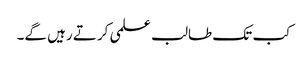
کب تک طالب علمی کرتے رہیں گے۔